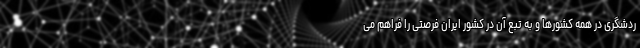
ردشگری در همه کشور‌ها و به تبع آن در کشور ایران فرصتی را فراهم می